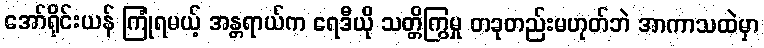
အော်ရိုင်းယန် ကြုံရမယ့် အန္တရာယ်က ရေဒီယို သတ္တိကြွမှု တခုတည်းမဟုတ်ဘဲ အာကာသထဲမှာ